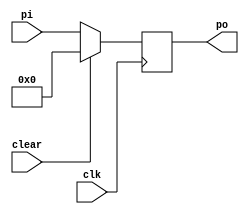
module pipo(clk,clear, pi, po);

input clk,clear;

input [3:0] pi;

output [3:0] po;

wire [3:0] pi;

reg [3:0] po;

always @(posedge clk)

begin

if (clear)

po<= 0000;

else

 

po <= pi;

end

endmodule